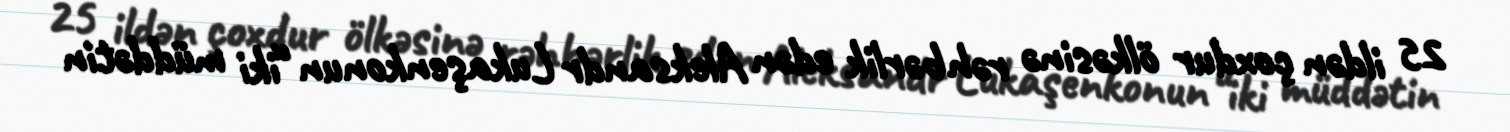
25 ildən çoxdur ölkəsinə rəhbərlik edən Aleksandr Lukaşenkonun “iki müddətin